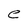
Character: e